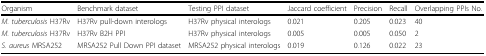
<table><thead><tr><td><b>Organism</b></td><td><b>Benchmark dataset</b></td><td><b>Testing PPI dataset</b></td><td><b>Jaccard coefficient</b></td><td><b>Precision</b></td><td><b>Recall</b></td><td><b>Overlapping PPIs No.</b></td></tr></thead><tbody><tr><td><i>M. tuberculosis</i> H37Rv</td><td>H37Rv pull-down interologs</td><td>H37Rv physical interologs</td><td>0.021</td><td>0.205</td><td>0.023</td><td>40</td></tr><tr><td><i>M. tuberculosis</i> H37Rv</td><td>H37Rv B2H PPI</td><td>H37Rv physical interologs</td><td>0.005</td><td>0.005</td><td>0.050</td><td>2</td></tr><tr><td><i>S. aureus</i> MRSA252</td><td>MRSA252 Pull Down PPI dataset</td><td>MRSA252 physical interologs</td><td>0.019</td><td>0.126</td><td>0.022</td><td>23</td></tr></tbody></table>